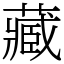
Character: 藏